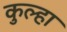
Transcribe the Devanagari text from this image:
कुल्हा